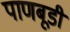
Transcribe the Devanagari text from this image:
पाणबूडी